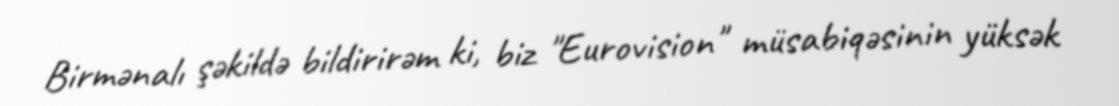
Birmənalı şəkildə bildirirəm ki, biz "Eurovision" müsabiqəsinin yüksək